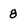
Character: 8